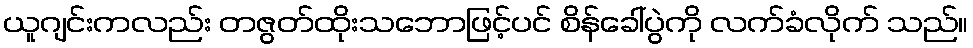
ယူဂျင်းကလည်း တဇွတ်ထိုးသဘောဖြင့်ပင် စိန်ခေါ်ပွဲကို လက်ခံလိုက် သည်။